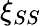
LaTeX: \xi_{SS}